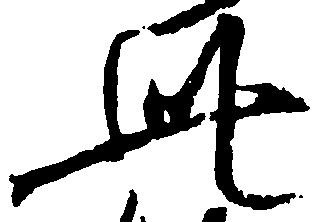
此